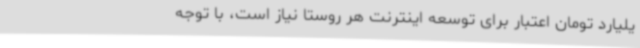
یلیارد تومان اعتبار برای توسعه اینترنت هر روستا نیاز است، با توجه